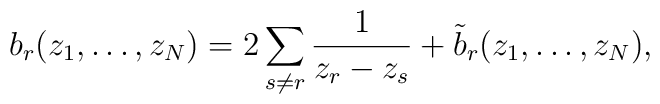
b_{r}(z_{1},\ldots,z_{N})=2\sum_{s\ne r}\frac{1}{z_{r}-z_{s}}+\tilde{b}_{r}(z_{1},\ldots, z_{N}),